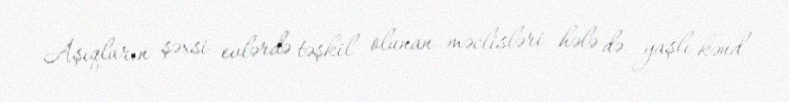
Aşıqların şəxsi evlərdə təşkil olunan məclisləri hələ də yaşlı kənd